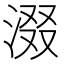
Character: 涰